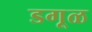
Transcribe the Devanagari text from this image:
डगूळ